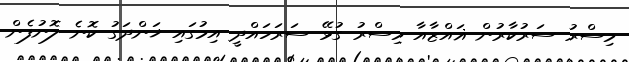
މިސްރު ސަރުކާރުން ޣައްޒާއާ މިސްރު ގުޅޭ ސަރަހައްދީ އިމުގައި ޚަންދަގު ކޮނެ ލޮނުފެން